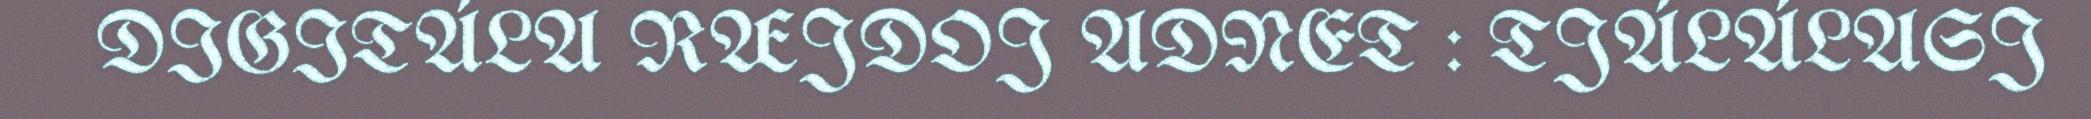
DIGITÁLA RÆJDOJ ADNET : TJÁLÁLASJ